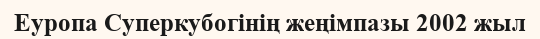
Еуропа Суперкубогінің жеңімпазы 2002 жыл